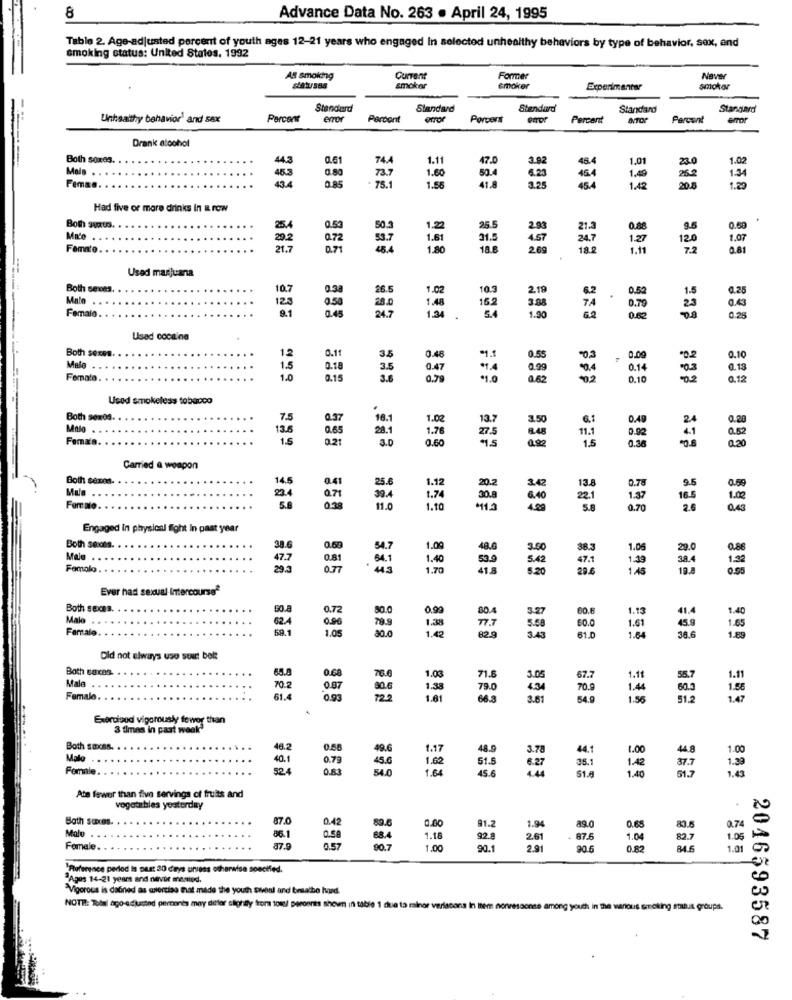
8
Advance Data No. 263 . April 24, 1995
Table 2. Age-adjusted percent of youth ages 12-21 years who engaged In selected unhealthy behaviors by type of behavior, sex, and
smoking status: United States, 1992
As smoking
Current
Former
Naver
smoker
smoker
Experimentar
smoker
Standard
Standard
Standard
Standard
Standard
Unhealthy behavior' and sex
Percent
error
Percont
Porcent
Percent
ANTOP
Percent
-
Drank alcohol
Both Soxes.
0.61
74.4
1.11
47.0
3.92
1.01
1.02
Mais . .
0.80
453
0.85
73.7
78.1
1.60
53.4
41.8
4.25
464
1.49
253
Femas.
1.56
1.42
20.8
1.29
Had five or more drinks in a row
0.53
Both suxxus.
25.
1.22
25.5
3.5
0.60
Made
29.2
0.72
53.7
1.61
31.5
AST
1.27
120
1.07
Femate
21.7
D.71
48.4
1.80
18.8
2.69
182
1.11
7.2
0.81
Used marijuana
Both sexes.
10.7
0.38
26.5
1.02
10.3
0.26
Male . . . .
0.58
1.48
0.52
Female. . .
128
9.1
0.45
28.0
1.34
162
0.79
24.7
.
5.4
1.90
6.2
0.28
Used cocaine
Both sexes.
0.11
12
3.5
0.48
$1.1
0.55
0.00
0.10
Male . . . ..
1.5
0.18
3.5
0.47
0.99
0.14
.03
0.18
Female. . .
10
0.15
3.6
0.79
1.0
082
02
0.10
0.12
Used smokeless tobacco
Both 90x09.
7.5
0.37
18.
1.02
13.7
0.49
Malo . . . . .
13.8
0.65
28.1
1.76
27.5
11.1
0.92
0.20
Feman. . ..
1.5
0.21
3.0
0.60
1.5
848
200
1.5
0.30
020
Carried & weapon
Both sexes.
14.5
0.41
25.6
1.12
3.42
13.8
9.5
0.71
20.2
0.78
0.55
M .. .....
23.4
5.8
39.4
1.74
30.8
6.40
22.1
1.37
16.5
1.00
Female. ..
0.38
11.0
1.10
5.8
0.70
2.6
043
Engaged In physical fight in past year
Both sexons.
38.6
1.09
48.6
38.3
1.06
29.0
Male .. .
47.7
0.81
84.1
1.40
5.42
47 .1
1.39
38.4
1.23
Famalo .
295
0.77
1.70
29 €
1.45
Ever had sexual Intercourse*
Both sexes. .
50.8
0.72
50.0
0.90
30.4
3.27
60.6
1.13
41.4
1.40
Malo . . . . .
0.96
Female. . . .
62A
1.05
78.9
30.0
1.38
77 .7
60.0
1.61
45.9
1.65
1.42
82.9
3.43
61.0
1.64
36.6
1.89
Did not always uso sout belt
Both 60x8s.
0.68
Male
65.0
76.6
1.03
71.6
3.05
67.7
1.11
55.7
1.11
10.2
0.07
30.6
1.38
75.0
4.34
70.9
1.44
60.3
1.88
Female
61.4
0.93
1.61
66.3
3.61
54.9
1.56
513
1.47
Exercised vigorously fewer than
3 times in past week
Both saxss.
46.2
49.6
1.17
48.9
3.78
44.1
1.00
44.8
1.00
Mało
40.1
0.79
45.6
1.62
51.5
Female
524
54.0
1.64
45.6
6.27
35.1
1.42
37.7
1.30
1.43
51.8
1.40
51.7
Ate fewer than five servings of fruits and
vegetables yesterday
Bath succes.
87.0
0.42
2.7
0.00
91.2
1.94
89.0
0.65
83.6
Male . .. ..
86.1
0.58
88.4
1.18
92.8
2.61
. 87.6
1.04
82.7
1.0
Female. . .
87.9
0.57
90.7
1.00
90.1
2.91
90.6
0.82
1.01
"Reference period is pest 20 days unless otherwise specified.
2Ages 14-21 years and never memed.
Vigorous is dabned as exercise that made the youth sivenl and besalbe hard.
NOTE: Total ago-adjusted permones may deter slightly from towel peroonis shown in table i due to minor verlacons in them nonvessonse among youth in the wanous smoking malus groups.
2046593587